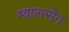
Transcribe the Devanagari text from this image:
ग्याल्त्सेन